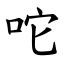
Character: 咜